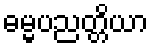
ဓမ္မပညတ္တိယာ